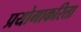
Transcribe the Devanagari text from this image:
प्रयोगाकरिता